Scottish Leaving Certificate Examination, 1958
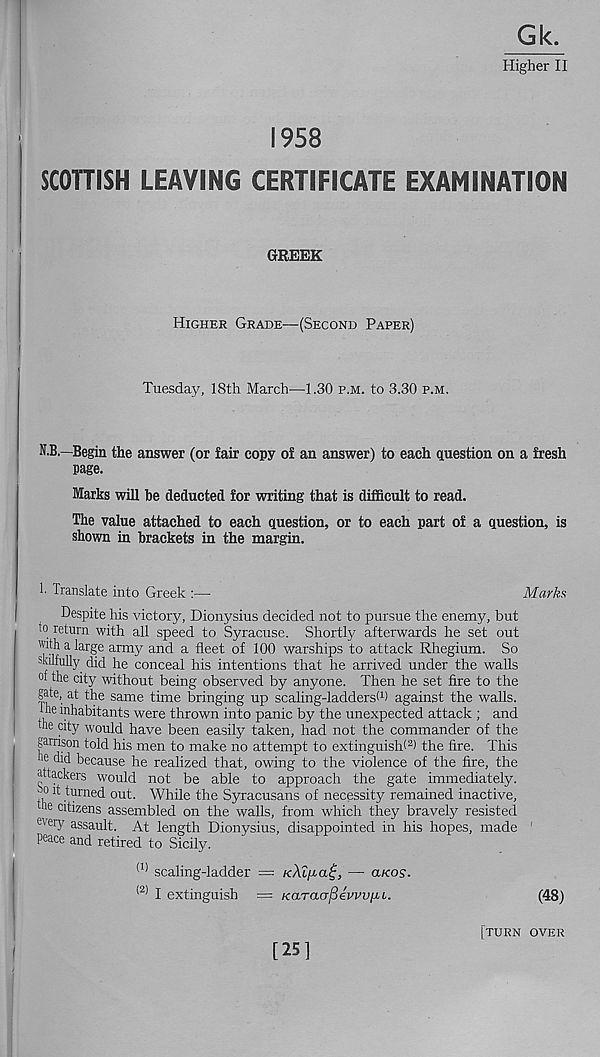
Gk.
Higher II
1958
SCOTTISH LEAVING CERTIFICATE EXAMINATION
GREEK
Higher Grade^—(Second Paper)
Tuesday, 18th March—1.30 p.m. to 3.30 p.m.
!
N.B.—Begin the answer (or fair copy of an answer) to each question on a fresh
page.
Marks will be deducted for writing that is difficult to read.
The value attached to each question, or to each part of a question, is
shown in brackets in the margin.
1- Translate into Greek :—
Marks
Despite his victory, Dionysius decided not to pursue the enemy, but
to return with all speed to Syracuse. Shortly afterwards he set out
with a large army and a fleet of 100 warships "to attack Rhegium. So
skilfully did he conceal his intentions that he arrived under the walls
0 ^l e city without being observed by anyone. Then he set fire to the
gate, at the same time bringing up scaling-ladders! 1 ) against the walls,
he inhabitants were thrown into panic by the unexpected attack ; and
the city would have been easily taken, had not the commander of the
garrison told his men to make no attempt to extinguish! 2 ) the fire. This
he did because he realized that, owing to the violence of the fire, the
attackers would not be able to approach the gate immediately,
o it turned out. While the Syracusans of necessity remained inactive,
he citizens assembled on the walls, from which they bravely resisted
eve ry assault. At length Dionysius, disappointed in his hopes, made
peace and retired to Sicily.
(1) scaling-ladder — KXl^a^, — a/co?.
(2> I extinguish — /carao-^eWupu.
(48)
[turn over
[25]